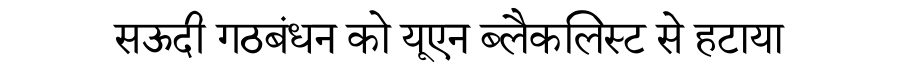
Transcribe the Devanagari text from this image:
सऊदी गठबंधन को यूएन ब्लैकलिस्ट से हटाया